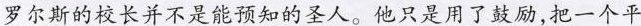
。罗尔斯的校长并不是能预知的圣人。他只是用了鼓励，把一个平